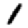
Digit: 1